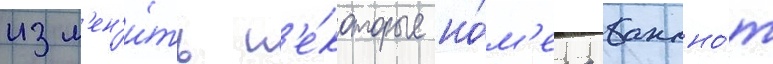
изм'ен'и́ть н'е́которые но́м'ера банкно́т